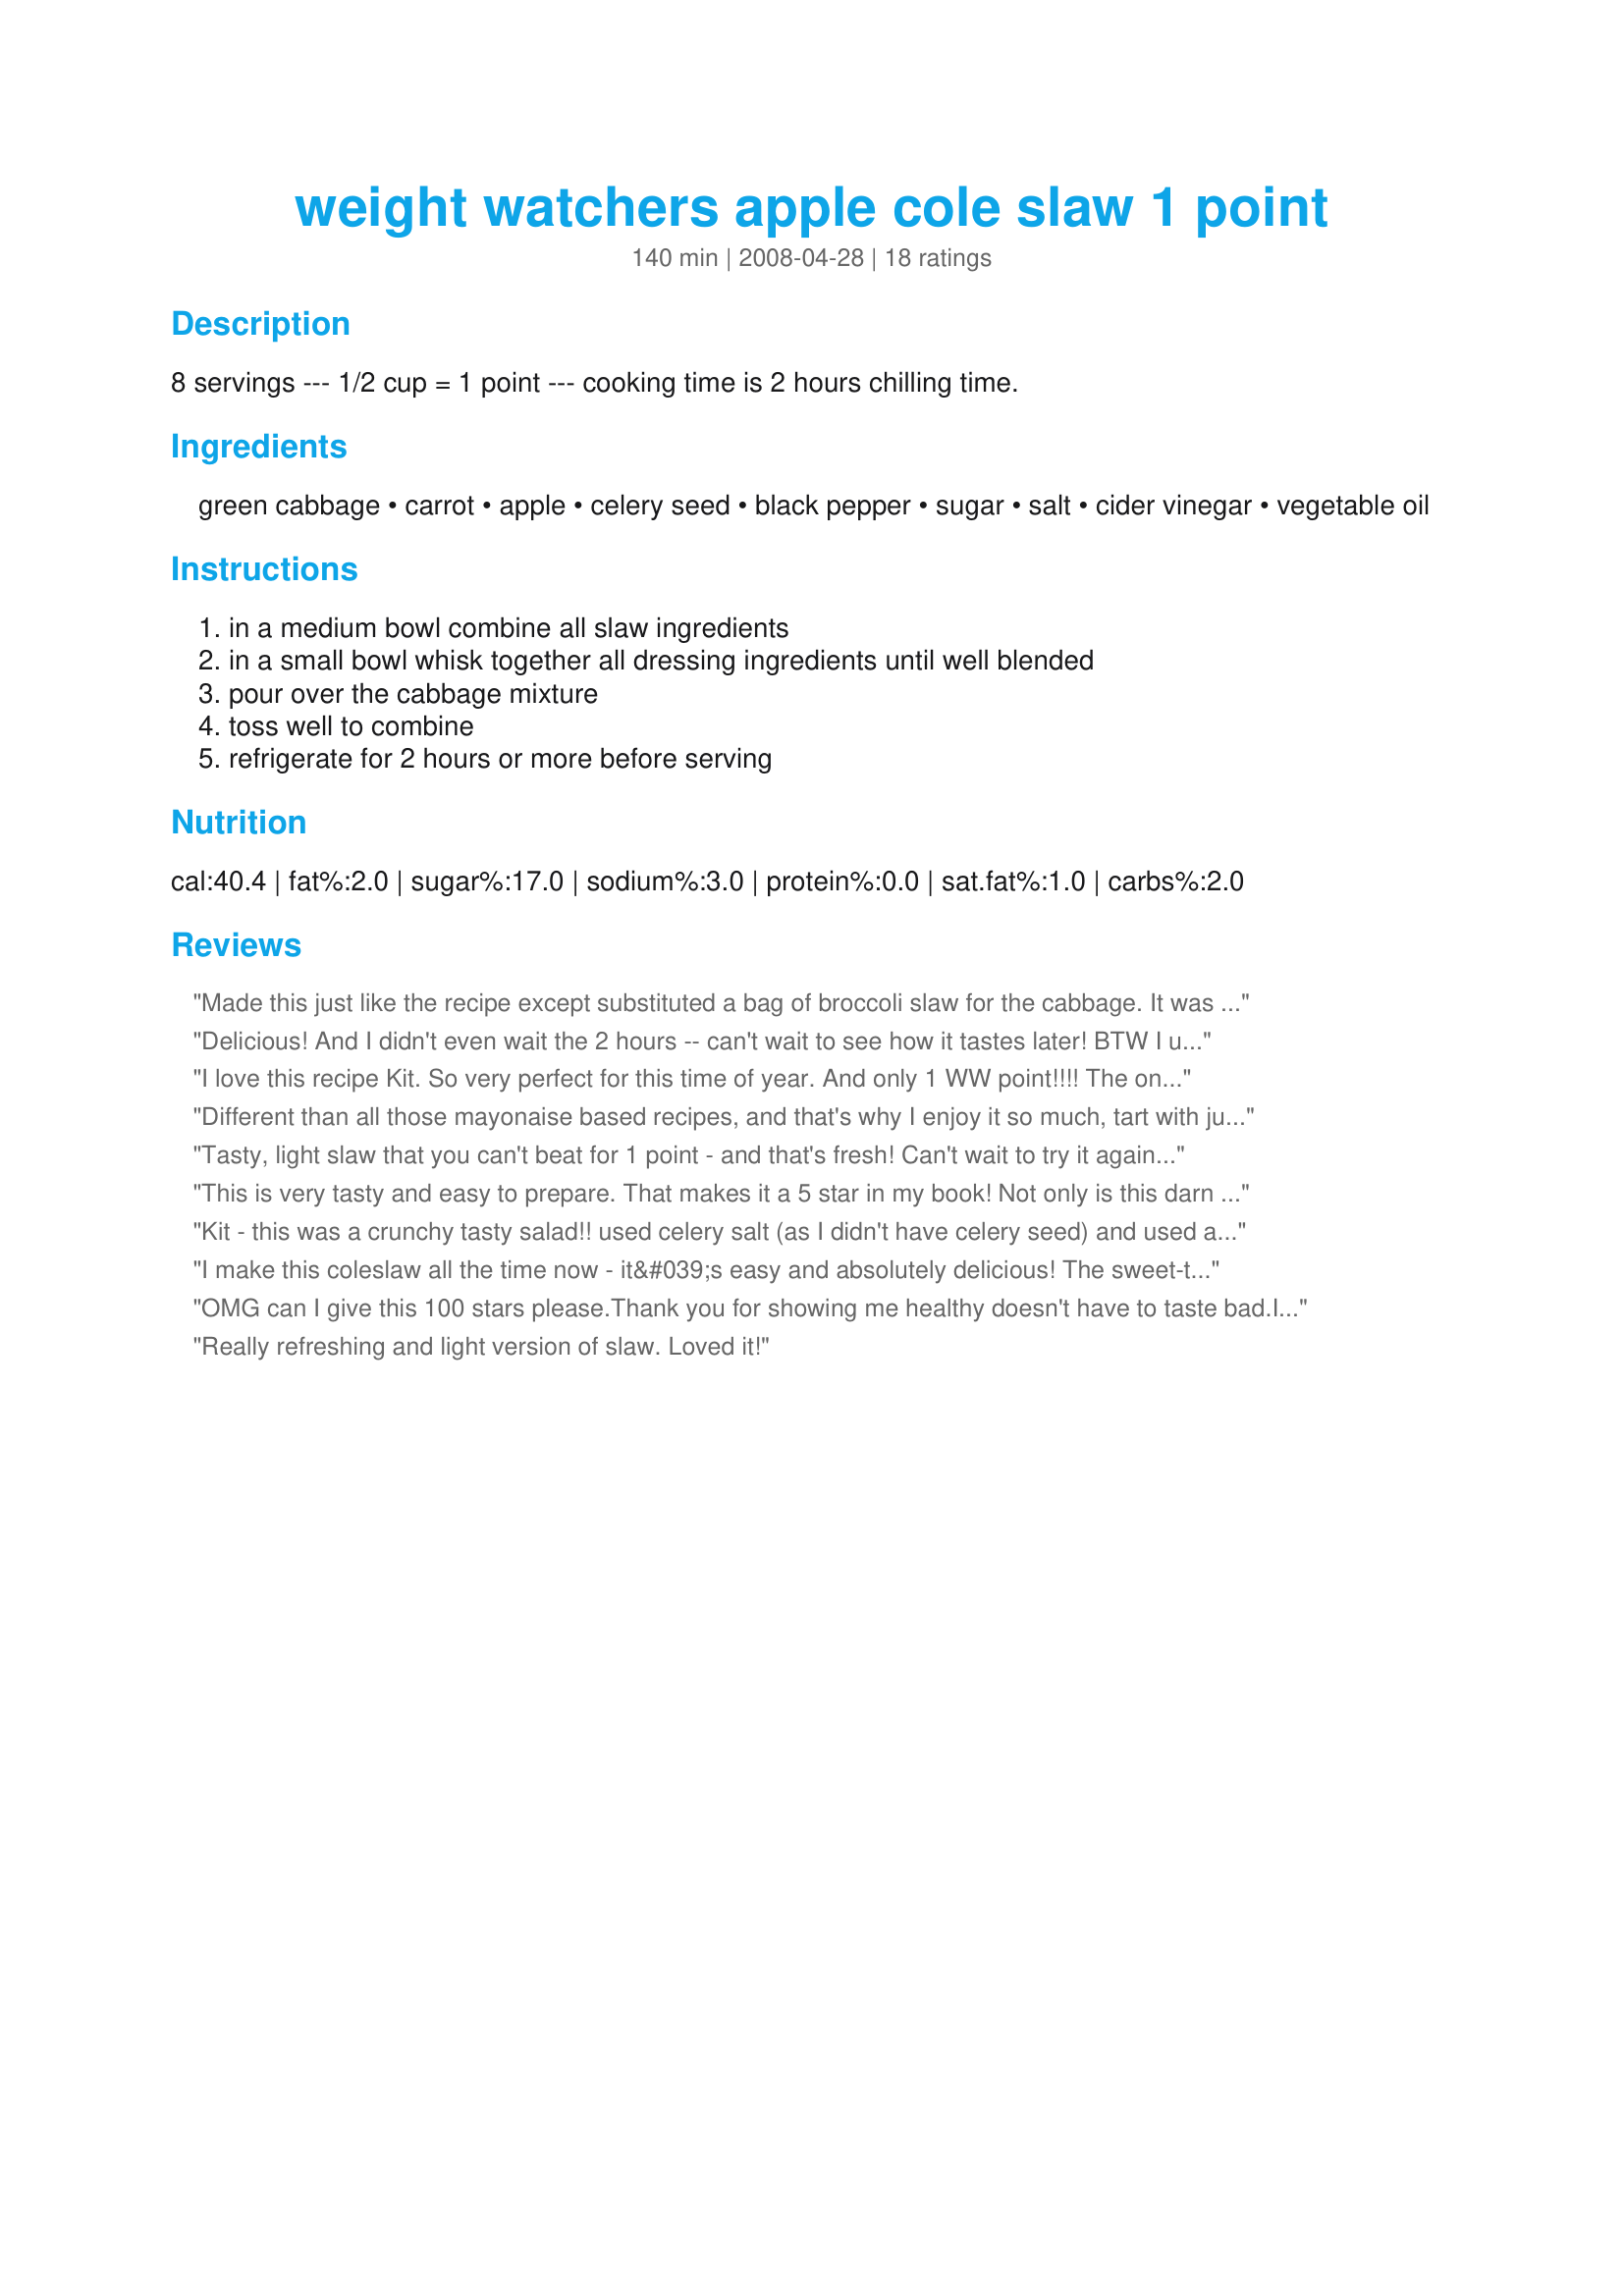
weight watchers apple cole slaw 1 point
Preparation time: 140 minutes

8 servings --- 1/2 cup = 1 point --- cooking time is 2 hours chilling time.

Ingredients:
green cabbage, carrot, apple, celery seed, black pepper, sugar, salt, cider vinegar, vegetable oil

Steps:
in a medium bowl combine all slaw ingredients, in a small bowl whisk together all dressing ingredients until well blended, pour over the cabbage mixture, toss well to combine, refrigerate for 2 hours or more before serving

Reviews:
Made this just like the recipe except substituted a bag of broccoli slaw for the cabbage. It was great! Definitely a "keeper"
Delicious! And I didn't even wait the 2 hours -- can't wait to see how it tastes later! BTW I used one packet of Stevia in place of the sugar and I couldn't even tell it had a substitute. Quick and easy in my food processor. Will definitely make this again. Thanks!
I love this recipe Kit. So very perfect for this time of year. And only 1 WW point!!!! The only deviation I made to your recipe was to omit the sugar and add one packet of Splenda. Thanks!~
Made for Summer Salad Snapshots - JuneEvent.
Different than all those mayonaise based recipes, and that's why I enjoy it so much, tart with just a hint of sweet with the nice crunch of the apple. Such a treat, no one even knew it was weight watchers and who am I to tell them
Tasty, light slaw that you can't beat for 1 point - and that's fresh! Can't wait to try it again after it has time to sit...
This is very tasty and easy to prepare. That makes it a 5 star in my book! Not only is this darn good but it's low in points! I used the pre- shredded coleslaw mix. Still added the grated carrot. I also cut the recipe in half. Overall a real keeper. Thanks for posting.
Kit - this was a crunchy tasty salad!! used celery salt (as I didn't have celery seed) and used a Granny Smith apple. Thanks Kit! :)
I make this coleslaw all the time now - it&#039;s easy and absolutely delicious! The sweet-tart of the apples complements the cabbage perfectly and the celery seed gives it that &quot;something&quot; that sets it apart from other slaws.
OMG can I give this 100 stars please.Thank you for showing me healthy doesn't have to taste bad.I wasn't sure about this because it was so different from wht I know but it was the star of dinner. yum
Really refreshing and light version of slaw. Loved it!
Can't believe I forgot to rate this! This recipe is wonderful. Used it on WW & now low carb as well. I used bagged shredded 3 color coleslaw, and added some matchstick carrots, then doubled the dressing!! YUM!
Delicious! Served with Crock-Pot Boston Butt Shoulder for Pulled Pork #375370 and it was enjoyed by even those who normally are not fans of slaw! Apple and pork are a marriage made in heaven for sure!
Delicious - I added one celery stalk and dill seeds (instead of the celery seeds which I was out of). I put all the veggies and apples in the food processor (slicing disc) and tossed with the dressing, and let it in the refrigerator all day while I was at work -- perfect! Thanks for sharing this keeper!
This recipe is delicious! I use 2 pkgs of Trivia and add 2 Tablespoons of fat free sour cream, doubling the other ingredients to a pkg of coleslaw mix. I grate the Apple. Yum!!!
Tasty, healthy and easy to make. I used the shredded bag of slaw and then also shredded in my apple. Thanks for posting!
I too had to try it before I let it sit and it is really good. Made to go along with burgers tonight that I'm grilling indoors. I used dill seed too, because I don't have celery seed, but I like dill better anyways. Thanks so much for the great one, kitten! You're the besttttt!
So good and low in points.
Will make frequently.
Used splenda instead of sugar.
Very tasty dressing - on slaw or on lettuce salad! Several people have asked for recipe! Love it!
